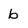
Character: b